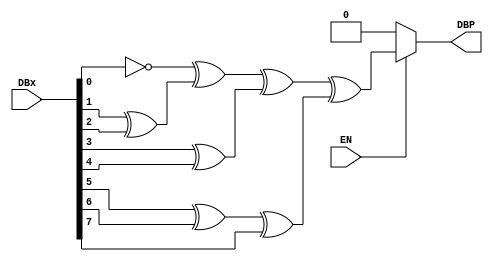
module OddParityGen (
	output  DBP,
	input  [7:0] DBx,
	input   EN
);
	wire tmp = 1 ^ DBx[0];
	wire tmpa = DBx[1] ^ DBx[2];
	wire tmpb = DBx[3] ^ DBx[4];
	wire tmpc = DBx[5] ^ DBx[6] ^ DBx[7];
	assign DBP = EN ? tmp ^ tmpa ^ tmpb ^ tmpc : 0;
endmodule